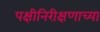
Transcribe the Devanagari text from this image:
पक्षीनिरीक्षणाच्या